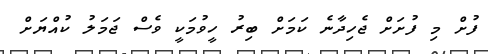
ފުށް މި ފުށަށް ޖެހިދާނެ ކަމަށް ބިރު ހީވުމަކީ ވެސް ޖަމަލު ކުއްޔަށް